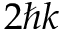
2 \hbar k